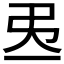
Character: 𢎮